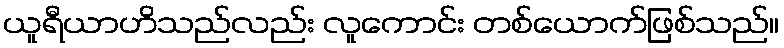
ယူရီယာဟိသည်လည်း လူကောင်း တစ်ယောက်ဖြစ်သည်။